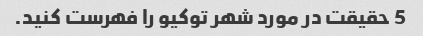
5 حقیقت در مورد شهر توکیو را فهرست کنید.